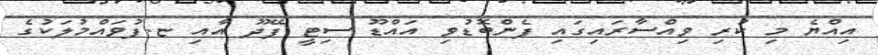
އިއްޔެ މި ކުރި ވިއްސާރައިގައި ފެންބޮޑުވި އައްޑޫ ސިޓީ ފޭދޫ އާއި ޏ.ފުވައްމުލަކުގެ